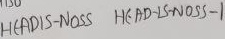
Text: HEADIS-NOSS HEAD-IS-NOSS-1